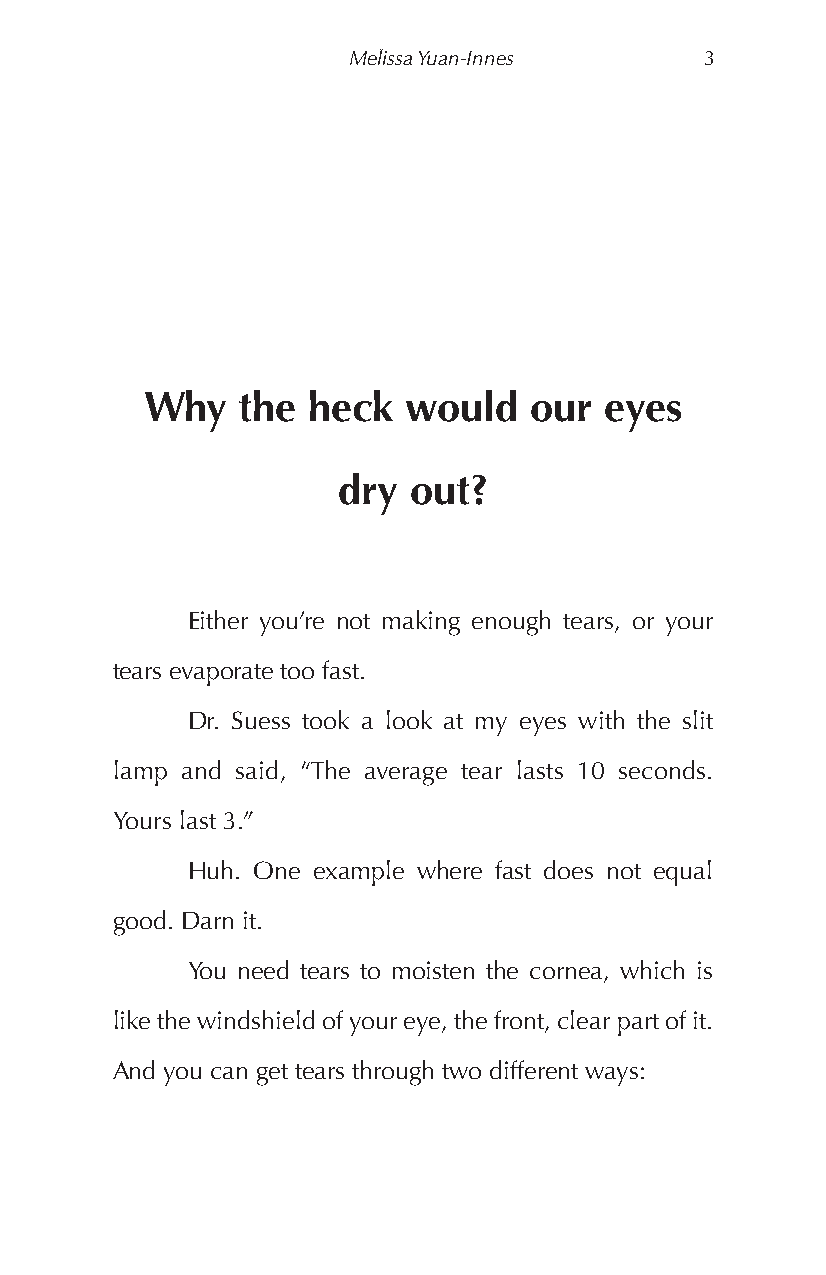
Melissa Yuan-Innes      3
 Why    the heck   would   our  eyes
 dry  out?
 Either you’re not making enough tears, or your
 tears evaporate too fast.
 Dr. Suess took a look at my eyes with the slit
 lamp and said, “The average tear lasts 10 seconds.
 Yours last 3.”
 Huh. One example where fast does not equal
 good. Darn it.
 You need tears to moisten the cornea, which is
 like the windshield of your eye, the front, clear part of it.
 And you can get tears through two different ways: